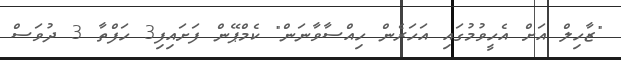
"ޒާހިލް އަށް އެހީވުމުގައި އަހަރެން ހިއްސާވާނަން" ކެމްޕޭން ފަށައިފި3 ހަފްތާ 3 ދުވަސް